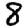
Digit: 8